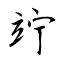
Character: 竚